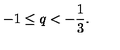
- 1 \le q < - \frac { 1 } { 3 } .